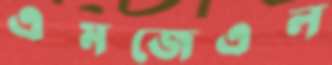
এমজেএল